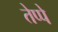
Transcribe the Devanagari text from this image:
तेप्पे